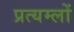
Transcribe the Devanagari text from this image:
प्रत्यम्लों